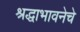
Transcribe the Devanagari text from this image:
श्रद्धाभावनेचे